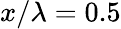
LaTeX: x/\lambda=0.5